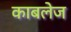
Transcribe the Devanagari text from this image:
काबलेज